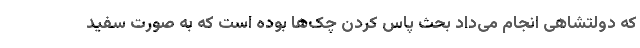
که دولتشاهی انجام می‌داد بحث پاس کردن چک‌ها بوده است که به صورت سفید